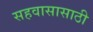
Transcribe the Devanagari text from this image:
सहवासासाठी